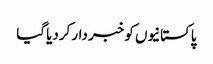
پاکستانیوں کو خبر دار کردیا گیا